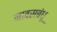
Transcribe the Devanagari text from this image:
मावसबंधू